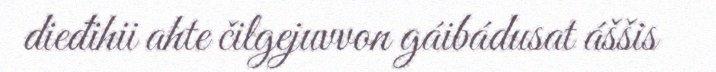
dieđihii ahte čilgejuvvon gáibádusat áššis